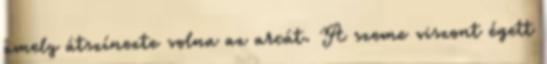
amely átszínezte volna az arcát. A szeme viszont égett